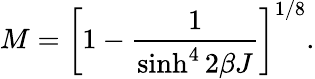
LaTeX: M=\left[1-\frac{1}{\sinh^{4}2\beta J}\right]^{1/8}.